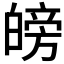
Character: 𱱼